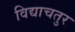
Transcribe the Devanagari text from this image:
विद्याचतुर